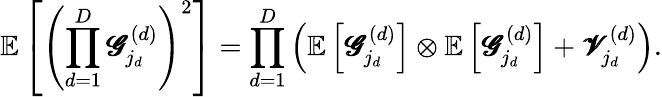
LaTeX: \mathbb{E}\left[\left(\prod_{d=1}^{D}\pmb{\mathscr{G}}_{j_{d}}^{(d)}\right)^{2}\right]=\prod_{d=1}^{D}\left(\mathbb{E}\left[\pmb{\mathscr{G}}_{j_{d}}^{(d)}\right]\otimes\mathbb{E}\left[\pmb{\mathscr{G}}_{j_{d}}^{(d)}\right]+\pmb{\mathscr{V}}_{j_{d}}^{(d)}\right).